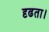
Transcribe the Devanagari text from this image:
दृढता।